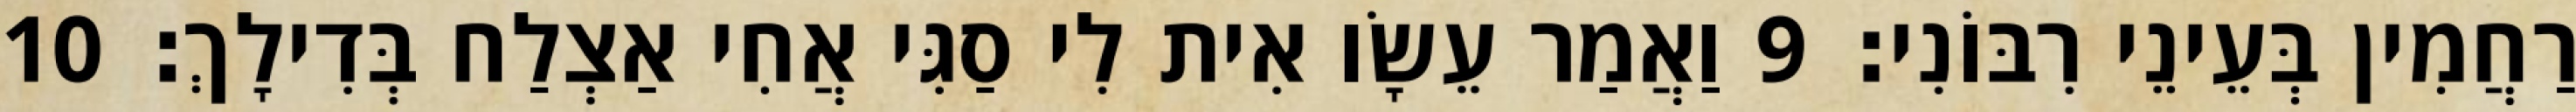
רַחֲמִין בְּעֵינֵי רִבּוֹנִי׃ 9 וַאֲמַר עֵשָׂו אִית לִי סַגִּי אֲחִי אַצְלַח בְּדִילָךְ׃ 10